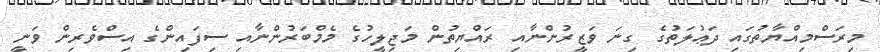
މިރަސްމިއްޔާތުގައި ދަޢުލަތުގެ ގިނަ ވަޒީރުންނާއި ރައްޔިތުން މަޖިލީހުގެ މެމްބަރުންނާއި ސިފައިންގެ އިސްވެރިން ވަނީ